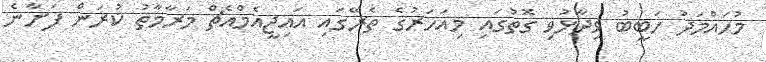
މުހައްމަދު ހަބީބު ވިދާޅުވި ގޮތުގައި މިއަހަރުގެ ތެރޭގައި އައިޖީއެމްއެޗް މަރާމާތު ކުރަން ފަށާނެ